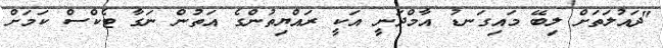
"ދައުލަތަށް ލިބޭ މައިގަނޑު އާމްދަނީ އަކީ ރައްޔިތުންގެ އަތުން ނަގާ ޓެކްސް ކަމަށް